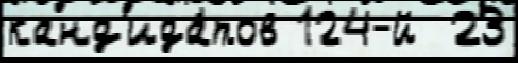
канд'ида́тов 124-й  23